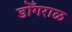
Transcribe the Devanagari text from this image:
डोँगराळ